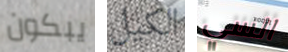
يبكون الكيل السي